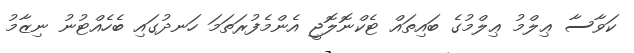
ކަވާސާ ޢިލްމު ޢިލްމުގެ ބައިތައް ޓެކްނޮލޮޖީ އެންމެފުރަތަމަ ހަނދުގައި ބެހެއްޓުނު ނިޒާމު